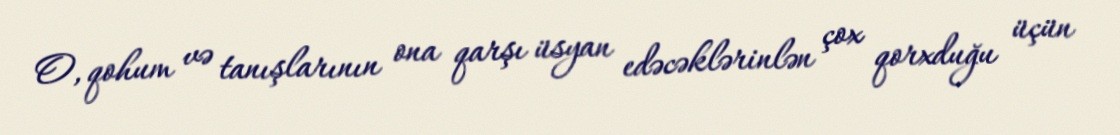
O, qohum və tanışlarının ona qarşı üsyan edəcəklərinlən çox qorxduğu üçün